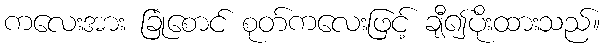
ကလေးအား ခြုံစောင် စုတ်ကလေးဖြင့် ချီ၍ပိုးထားသည်။